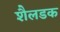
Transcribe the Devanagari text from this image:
शैलडक